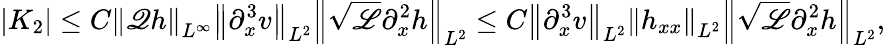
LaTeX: |K_{2}|\leq C\left\| \mathscr{Q}h\right\| _{L^{\infty}}\left\| \partial_{x}^{3}v\right\| _{L^{2}}\left\| \sqrt{\mathscr{L}}\partial_{x}^{2}h\right\| _{L^{2}}\leq C\left\| \partial_{x}^{3}v\right\| _{L^{2}}\left\| h_{xx}\right\| _{L^{2}}\left\| \sqrt{\mathscr{L}}\partial_{x}^{2}h\right\| _{L^{2}},